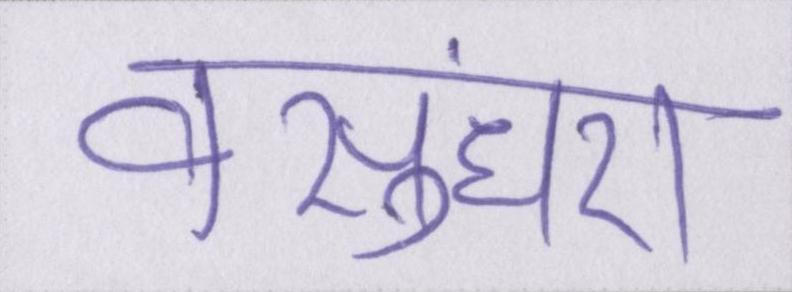
वसुंधरा